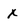
Character: x